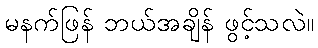
မနက်ဖြန် ဘယ်အချိန် ဖွင့်သလဲ။